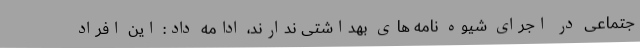
جتماعی در اجرای شیوه نامه های بهداشتی ندارند، ادامه داد: این افراد